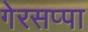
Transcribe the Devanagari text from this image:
गेरसप्पा